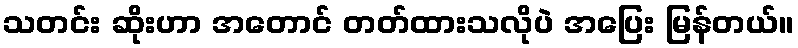
သတင်း ဆိုးဟာ အတောင် တတ်ထားသလိုပဲ အပြေး မြန်တယ်။